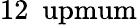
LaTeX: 12~\mathrm{\ upmum}